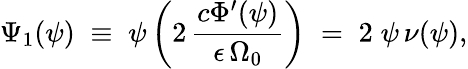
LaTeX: \Psi_{1}(\psi)\; \equiv\; \psi\left(2\, \frac{c\Phi^{\prime}(\psi)}{\epsilon\, \Omega_{0}}\right)\; =\; 2\; \psi\, \nu(\psi),